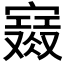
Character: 𡫙